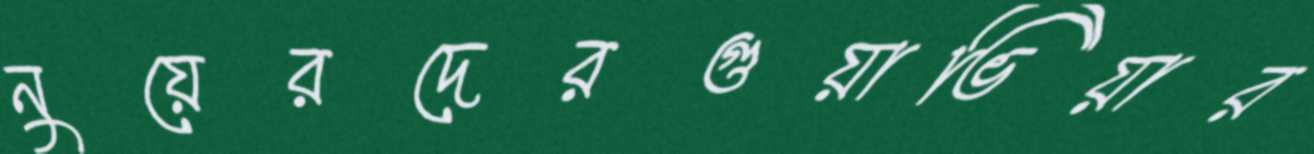
নুয়েরদেরগুয়াভিয়ার